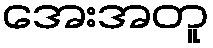
အေးအတူ